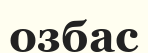
озбас